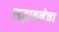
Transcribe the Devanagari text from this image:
सद्भावनेचा